Civil Veterinary Department Bihar reports 1940-50 - 1940-1950
Year: 1940
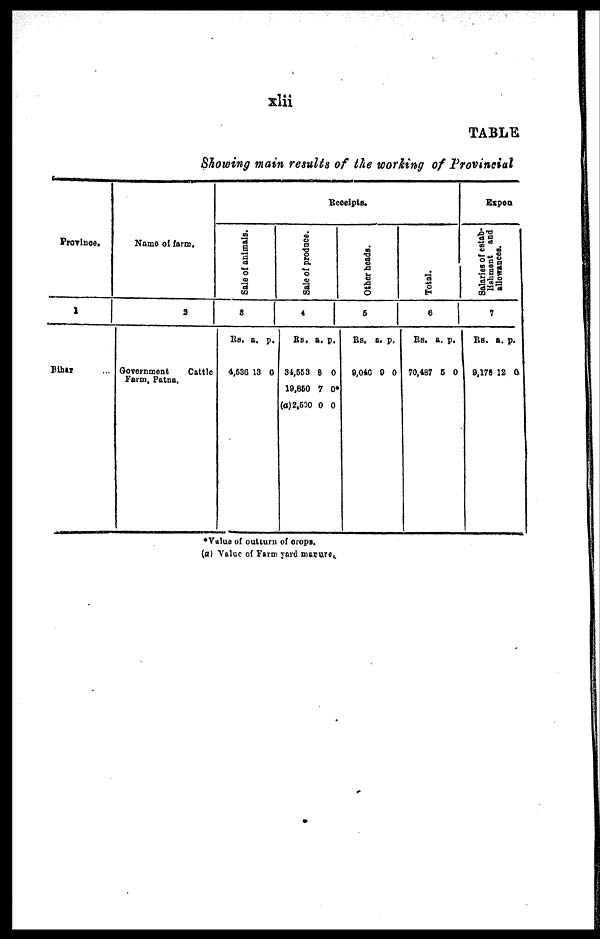
xlii
TABLE
Showing main results of the working of Provincial
Province
1
Bihar
Name of farm,
2
Government
Cattle
Farm, Patna.
Receipts.
Sale of animals.
3
Rs.
4,536
a.
13
p.
0
Sale of produce.
4
Rs.
34,553
19,850
(a) 2,600
a.
8
7
0
p.
0
0
0
Other heads.
5
Rs.
9,046
a.
0
p.
0
Total.
6
Rs.
70,4.87
a.
6
p.
0
Expen
Salariei of estab-
lishment and
allowances.
7
Rs.
9,178
a.
12
p.
0.
*Value of outturn of crops.
(a) Value of Farm yard marure,.